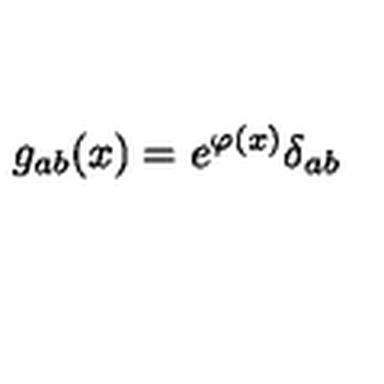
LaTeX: g _ { a b } ( x ) = e ^ { \varphi ( x ) } \delta _ { a b }